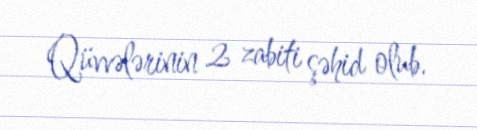
Qüvvələrinin 2 zabiti şəhid olub.